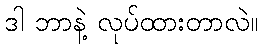
ဒါ ဘာနဲ့ လုပ်ထားတာလဲ။